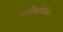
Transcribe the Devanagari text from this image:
कालिमाटोथीका